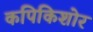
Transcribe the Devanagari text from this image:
कपिकिशोर